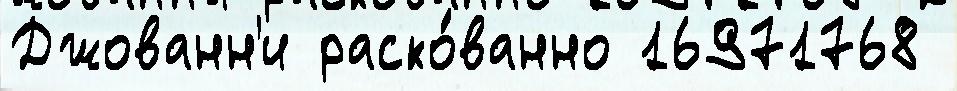
Джованн'и раско́ванно 16971768